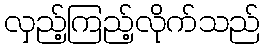
လှည့်ကြည့်လိုက်သည်